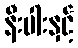
နီးပါးနှင့်